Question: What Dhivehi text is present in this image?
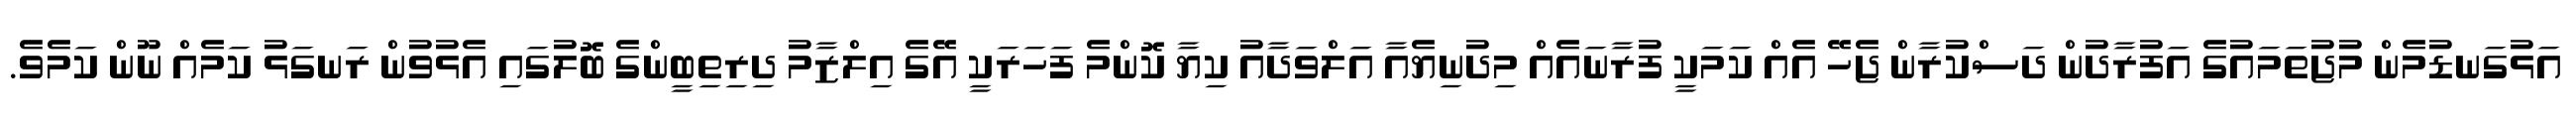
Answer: އަޅުގަނޑުމެން މުޖުތަމައުގެ އަފުރާދުން ދަސްކުރާން ޖެހޭ އެއް ކަމަކީ ފުރާނައެއް މިދުނިޔެއާ އަލްވަދާއު ކިޔާ ކޮންމެ ފަހަރަކީ އޭގެ އިލްޒާމު ދިރިތިބީންގެ ބޮލުގައި އެޅުވުން ރަނގަޅު ކަމެއް ނޫން ކަމެވެ.